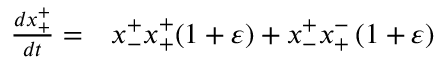
\begin{array} { r l } { \frac { d x _ { + } ^ { + } } { d t } = } & { { } x _ { - } ^ { + } x _ { + } ^ { + } ( 1 + \varepsilon ) + x _ { - } ^ { + } x _ { + } ^ { - } \left( 1 + \varepsilon \right) } \end{array}